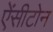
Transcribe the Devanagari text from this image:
ऐंसीटोन